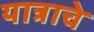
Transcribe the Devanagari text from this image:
यात्राचे